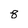
Character: 8